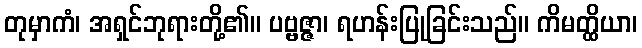
တုမှာကံ၊ အရှင်ဘုရားတို့၏။ ပဗ္ဗဇ္ဇာ၊ ရဟန်းပြုခြင်းသည်။ ကိမတ္ထိယာ၊